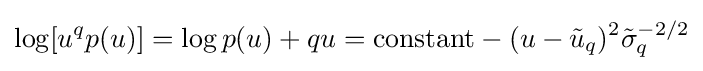
\log[u^{q}p(u)]=\log p(u)+qu={\text{constant}}-(u-{\tilde {u}}_{q})^{2}{\tilde {\sigma }}_{q}^{-2/2}